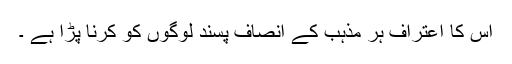
اس کا اعتراف ہر مذہب کے انصاف پسند لوگوں کو کرنا پڑا ہے ۔